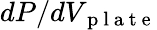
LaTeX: dP/dV_{\mathrm{~p~l~a~t~e~}}